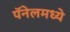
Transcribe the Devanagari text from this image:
पॅनेलमध्ये